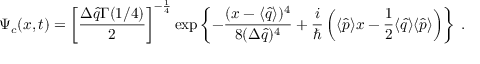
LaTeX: \Psi _ { c } ( x , t ) = \left[ \frac { \Delta \hat { q } \Gamma ( 1 / 4 ) } { 2 } \right] ^ { - \frac { 1 } { 4 } } \exp \left\{ - \frac { ( x - \langle \hat { q } \rangle ) ^ { 4 } } { 8 ( \Delta \hat { q } ) ^ { 4 } } + \frac { i } { \hbar } \left( \langle \hat { p } \rangle x - \frac { 1 } { 2 } \langle \hat { q } \rangle \langle \hat { p } \rangle \right) \right\} \; .